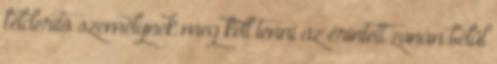
felderítõ személynek meg kell tenni az érintett zónán belül